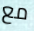
مع